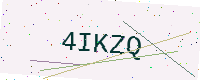
Text: 4IKZQ